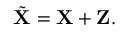
\tilde { \mathbf { X } } = \mathbf { X } + \mathbf { Z } .